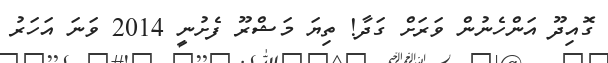
ގޮއިދޫ އަންހެނުން ވަރަށް ގަދާ! ތިޔަ މަޝްރޫ ފެށުނީ 2014 ވަނަ އަހަރު